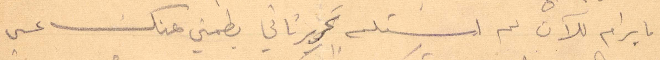
ما يرام للآن لم استلم تحرير ثاني يطمني عنك عسى